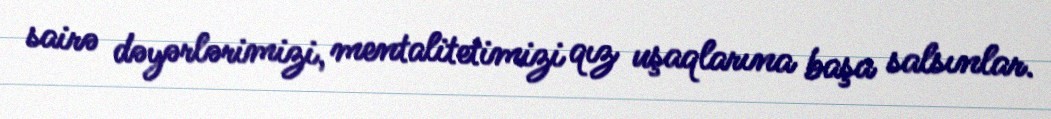
sairə dəyərlərimizi, mentalitetimizi qız uşaqlarına başa salsınlar.